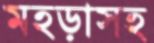
মহড়াসহ